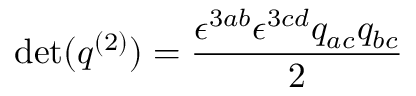
\operatorname* { d e t } ( q ^ { ( 2 ) } ) = { \frac { \epsilon ^ { 3 a b } \epsilon ^ { 3 c d } q _ { a c } q _ { b c } } { 2 } }